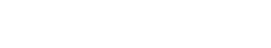
အလင်းအမျိုးအစားတွေ ဖြစ်ပါတယ်။